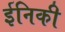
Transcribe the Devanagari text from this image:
ईनिकी